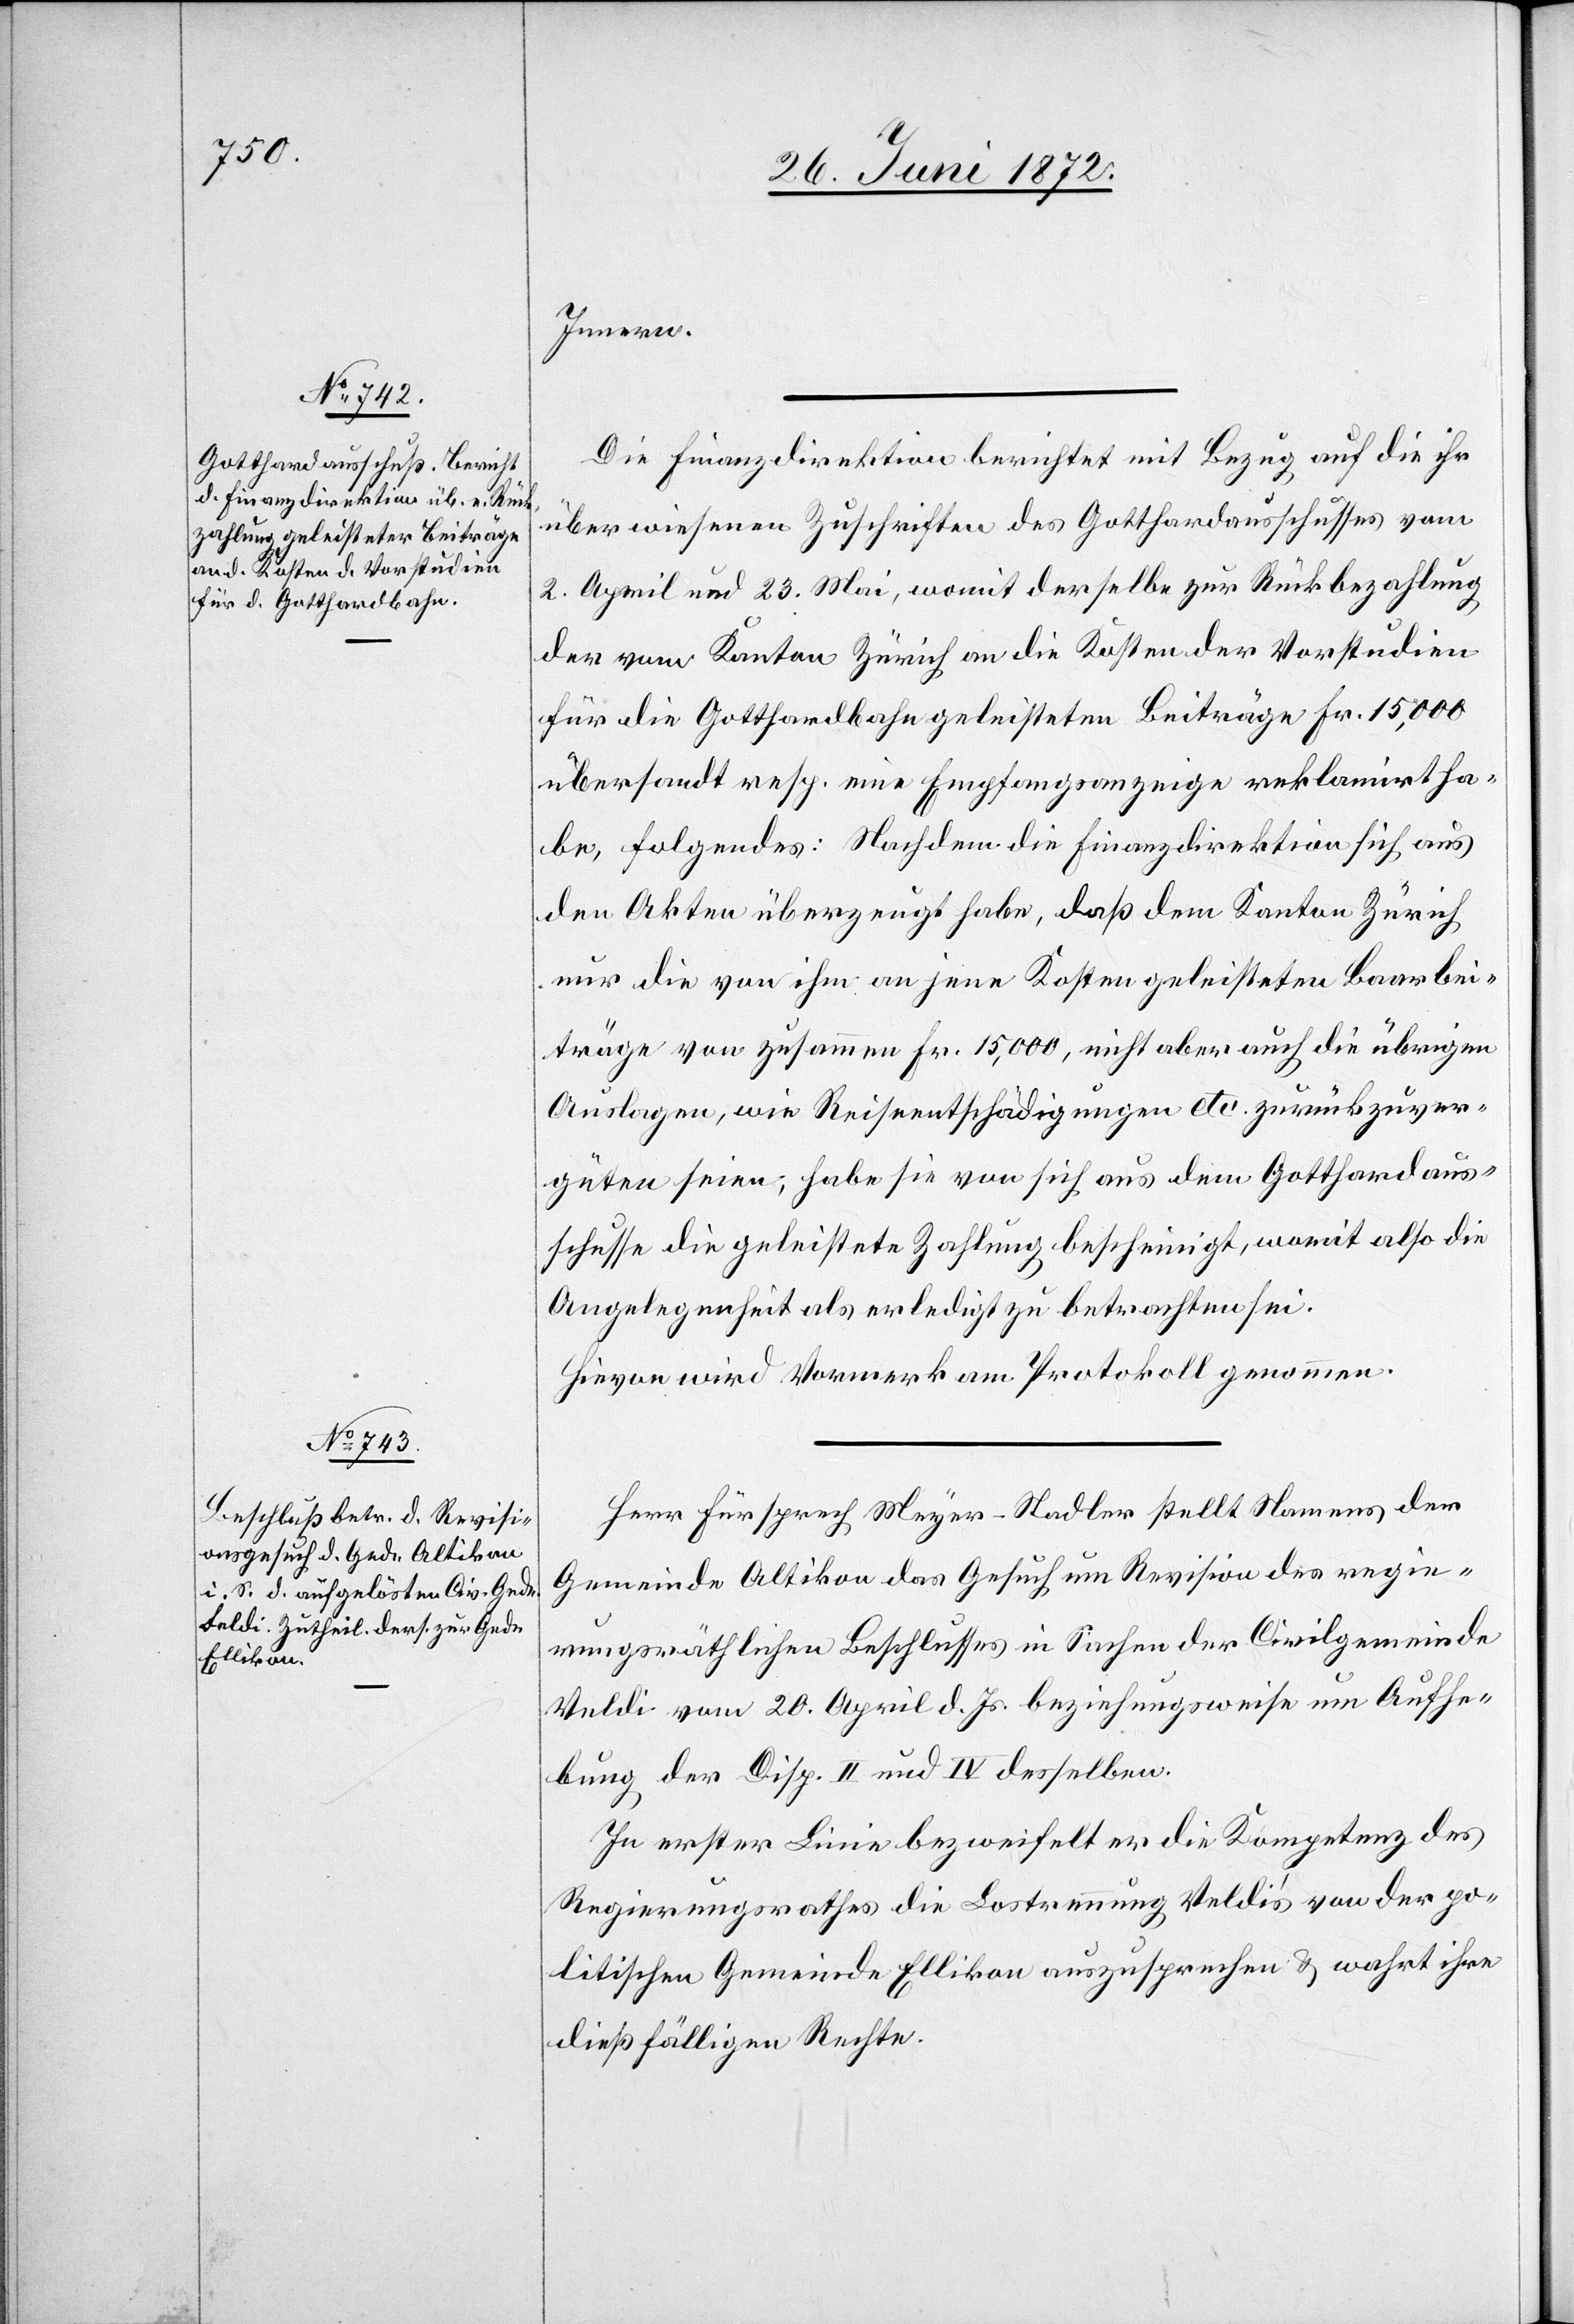
Innern.
Die Finanzdirektion berichtet mit Bezug auf die ihr
überwiesenen Zuschriften des Gotthardausschusses vom
2. April und 23. Mai, womit derselbe zur Rückbezahlung
der vom Kanton Zürich an die Kosten der Vorstudien
für die Gotthardbahn geleisteten Beiträge Fr. 15,000
übersandt resp. eine Empfangsanzeige reklamirt ha¬
be, folgendes: Nachdem die Finanzdirektion sich aus
den Akten überzeugt habe, daß dem Kanton Zürich
nur die von ihm an jene Kosten geleisteten Baarbei¬
träge von zusammen Fr. 15,000, nicht aber auch die übrigen
Auslagen, wie Reiseentschädigungen etc. zurückzuver¬
güten seien, habe sie von sich aus dem Gotthardaus¬
schusse die geleistete Zahlung bescheinigt, womit also die
Angelegenheit als erledigt zu betrachten sei.
Hievon wird Vormerk am Protokoll genommen.
Herr Fürsprech Meyer-Stadler stellt Namens der
Gemeinde Altikon das Gesuch um Revision des regie¬
rungsräthlichen Beschlusses in Sachen der Civilgemeinde
[sic!] vom 20. April d. Js. beziehungsweise um Aufhe¬
bung der Disp. II und IV desselben.
In erster Linie bezweifelt er die Kompetenz des
Regierungsrathes die Lostrennung Veldi’s von der po¬
litischen Gemeinde Ellikon auszusprechen u. wahrt ihre
dießfälligen Rechte.